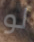
لو